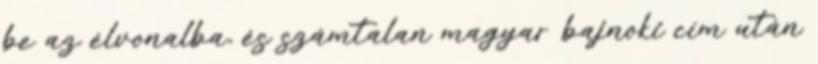
be az élvonalba, és számtalan magyar bajnoki cím után